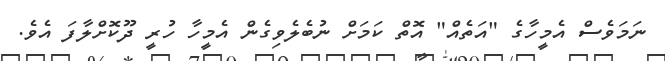
ނަމަވެސް އެމީހާގެ "އަތެއް" އޮތް ކަމަށް ނުބެލެވިގެން އެމީހާ ހުރީ ދޫކޮށްލާފަ އެވެ.